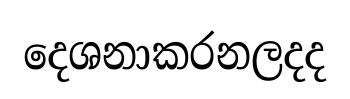
දෙශනාකරනලදද